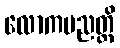
လောကပညတ္တိ